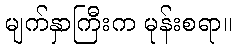
မျက်နှာကြီးက မုန်းစရာ။